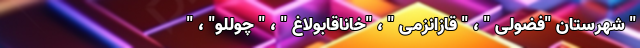
" شهرستان "فضولی " ، " قازانزمی " ، "خاناقابولاغ " ، " چوللو" ، "